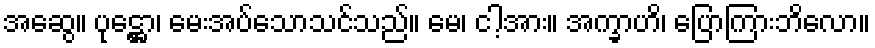
အဆွေ။ ပုဋ္ဌော၊ မေးအပ်သောသင်သည်။ မေ၊ ငါ့အား။ အက္ခာဟိ၊ ပြောကြားဘိလော။